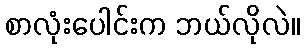
စာလုံးပေါင်းက ဘယ်လိုလဲ။